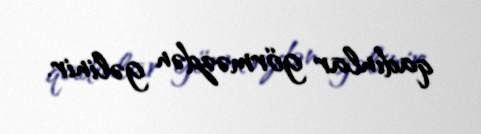
qadınlar görməzdən gəlinir.